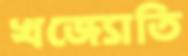
খজ্যোতি